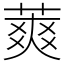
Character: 䔪